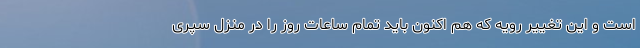
است و این تغییر رویه که هم اکنون باید تمام ساعات روز را در منزل سپری